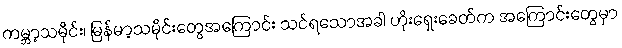
ကမ္ဘာ့သမိုင်း၊ မြန်မာ့သမိုင်းတွေအကြောင်း သင်ရသောအခါ ဟိုးရှေးခေတ်က အကြောင်းတွေမှာ